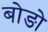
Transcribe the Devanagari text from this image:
बोङो